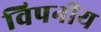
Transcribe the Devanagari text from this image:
विपनीय